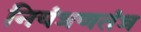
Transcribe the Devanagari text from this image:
नियंत्रणतंत्र